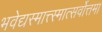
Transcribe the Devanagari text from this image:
भवेद्यस्मात्त्स्मात्सर्वोत्तमा